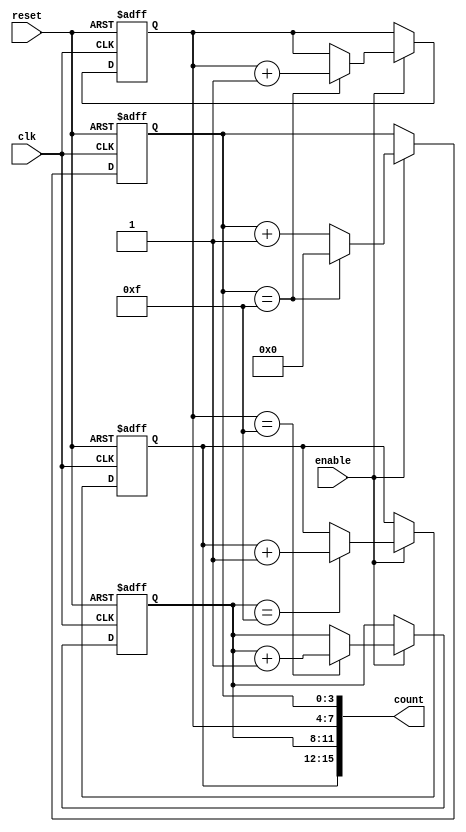
module cascaded_counter #(
    parameter STAGE_COUNT = 4, // Number of stages (memory blocks)
    parameter BLOCK_SIZE = 4    // Bit size of each memory block
)(
    input wire clk,               // Clock input
    input wire reset,             // Asynchronous reset
    input wire enable,            // Enable signal
    output wire [(STAGE_COUNT * BLOCK_SIZE) - 1 : 0] count // Output count
);

    // Memory blocks (registers) to hold counts
    reg [BLOCK_SIZE - 1:0] stage [0:STAGE_COUNT-1];

    // Generate logic for counting and carry propagation
    integer i;
    always @(posedge clk or posedge reset) begin
        if (reset) begin
            // Asynchronous reset: clear all stages
            for (i = 0; i < STAGE_COUNT; i = i + 1) begin
                stage[i] <= 0;
            end
        end else if (enable) begin
            // Increment the least significant block
            stage[0] <= stage[0] + 1;

            // Carry propagation
            for (i = 0; i < STAGE_COUNT; i = i + 1) begin
                if (i == 0) begin
                    if (stage[i] == {BLOCK_SIZE{1'b1}}) begin
                        stage[i] <= 0;
                    end
                end else begin
                    if (stage[i-1] == {BLOCK_SIZE{1'b1}}) begin
                        stage[i] <= stage[i] + 1;
                    end
                end
            end
        end
    end

    // Concatenate all stages to form the output count
    assign count = {stage[STAGE_COUNT-1], stage[STAGE_COUNT-2], 
                    stage[STAGE_COUNT-3], stage[STAGE_COUNT-4]};

endmodule